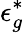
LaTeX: \epsilon_{g}^{*}